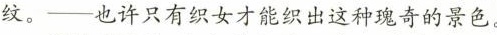
纹。——也许只有织女才能织出这种瑰奇的景色。